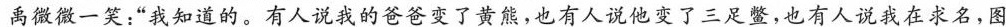
”禹微微一笑：“我知道的。有人说我的爸爸变了黄熊,也有人说他变了三足鳖,也有人说我在求名,图